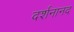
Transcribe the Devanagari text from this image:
दर्शनानद